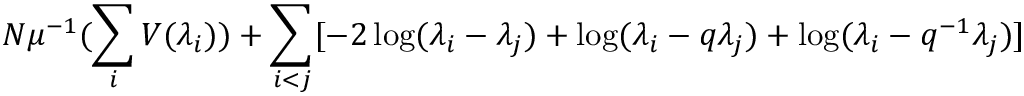
N \mu ^ { - 1 } ( \sum _ { i } V ( \lambda _ { i } ) ) + \sum _ { i < j } [ - 2 \log ( \lambda _ { i } - \lambda _ { j } ) + \log ( \lambda _ { i } - q \lambda _ { j } ) + \log ( \lambda _ { i } - q ^ { - 1 } \lambda _ { j } ) ]